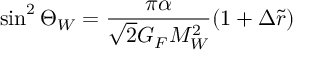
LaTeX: \sin ^ { 2 } { \Theta _ { W } } = \frac { \pi \alpha } { \sqrt { 2 } G _ { F } M _ { W } ^ { 2 } } ( 1 + \Delta \tilde { r } )